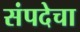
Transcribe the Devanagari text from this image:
संपदेचा